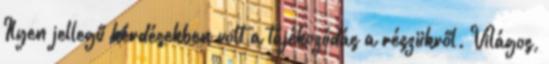
Ilyen jellegű kérdésekben volt a tájékozódás a részükről. Világos,